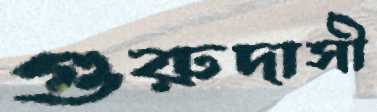
গুরুদাসী